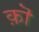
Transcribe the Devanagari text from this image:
क़ॊ